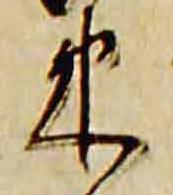
束